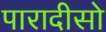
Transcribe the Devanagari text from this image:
पारादीसो